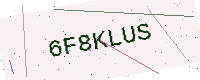
Text: 6F8KLUS